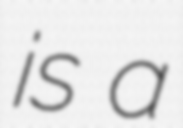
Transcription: is a